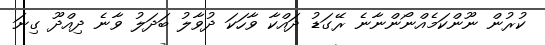
ކުރުން ނޫންކަމެއްނޯންނާނެ ރޭގަޑު ދައްކާ ވާހަކަ ދުވާލު ބަދަލު ވާނެ ދިއްދޫ ގިނަ